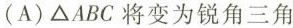
(A)\triangle ABC将变为锐角三角